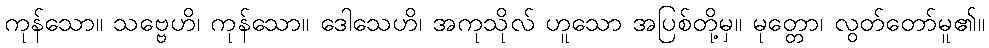
ကုန်သော။ သဗ္ဗေဟိ၊ ကုန်သော။ ဒေါသေဟိ၊ အကုသိုလ် ဟူသော အပြစ်တို့မှ။ မုတ္တော၊ လွတ်တော်မူ၏။